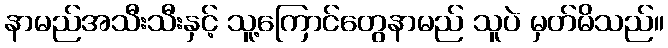
နာမည်အသီးသီးနှင့် သူ့ကြောင်တွေနာမည် သူပဲ မှတ်မိသည်။